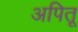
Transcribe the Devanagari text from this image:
अपितू